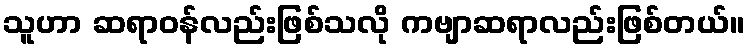
သူဟာ ဆရာဝန်လည်းဖြစ်သလို ကဗျာဆရာလည်းဖြစ်တယ်။